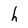
Character: h